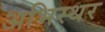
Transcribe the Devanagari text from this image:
अभिस्थर